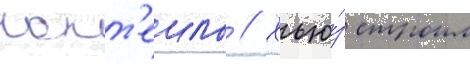
кокт'еиль // Хью́з строил